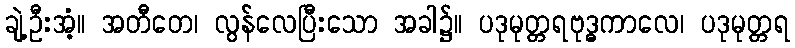
ချဲ့ဦးအံ့။ အတီတေ၊ လွန်လေပြီးသော အခါ၌။ ပဒုမုတ္တရဗုဒ္ဓကာလေ၊ ပဒုမုတ္တရ